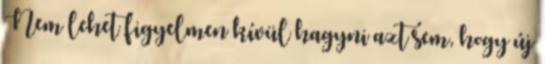
Nem lehet figyelmen kívül hagyni azt sem, hogy új